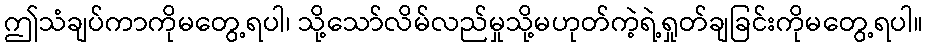
ဤသံချပ်ကာကိုမတွေ့ရပါ၊ သို့သော်လိမ်လည်မှုသို့မဟုတ်ကဲ့ရဲ့ရှုတ်ချခြင်းကိုမတွေ့ရပါ။